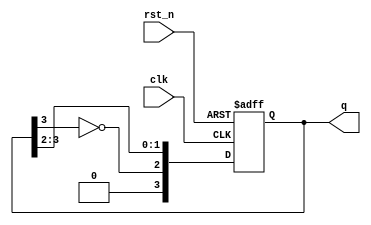
module johnson_counter (
    input wire clk,              // Clock input
    input wire rst_n,            // Active-low asynchronous reset
    output reg [N-1:0] q         // Output state of flip-flops
);
    parameter N = 4;             // Number of flip-flops

    always @(posedge clk or negedge rst_n) begin
        if (!rst_n) begin
            q <= 0;              // Asynchronous reset
        end else begin
            q <= {~q[N-1], q[N-1:N-2]}; // Feedback and shift
        end
    end
endmodule